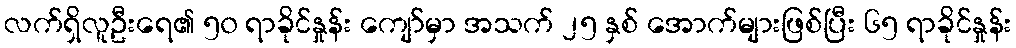
လက်ရှိလူဦးရေ၏ ၅၀ ရာခိုင်နှုန်း ကျော်မှာ အသက် ၂၅ နှစ် အောက်များဖြစ်ပြီး ၆၅ ရာခိုင်နှုန်း